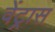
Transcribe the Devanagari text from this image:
वेंट्रास